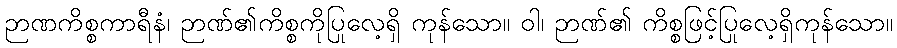
ဉာဏကိစ္စကာရီနံ၊ ဉာဏ်၏ကိစ္စကိုပြုလေ့ရှိ ကုန်သော။ ဝါ၊ ဉာဏ်၏ ကိစ္စဖြင့်ပြုလေ့ရှိကုန်သော။